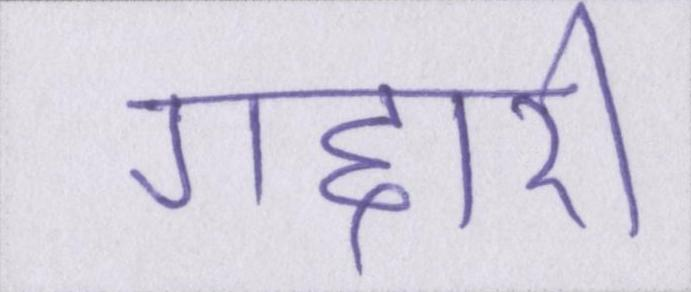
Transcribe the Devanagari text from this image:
गद्दारी